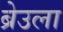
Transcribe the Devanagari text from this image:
ब्रेउला